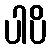
ပါပိ